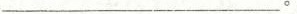
___